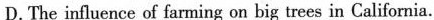
D. The influence of farming on big trees in California.